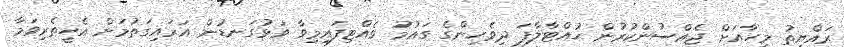
ރައްޔިތު މީހާއަށް ޖެއްސުންކުރުން ހުއްޓާލާފަ ދިވެހިންގެ ގައުމު ވެއްޓިފައިމިވާ ވަޅުގަނޑުން އަރައިގަތުމަށް އެހީތެރިވަމާ